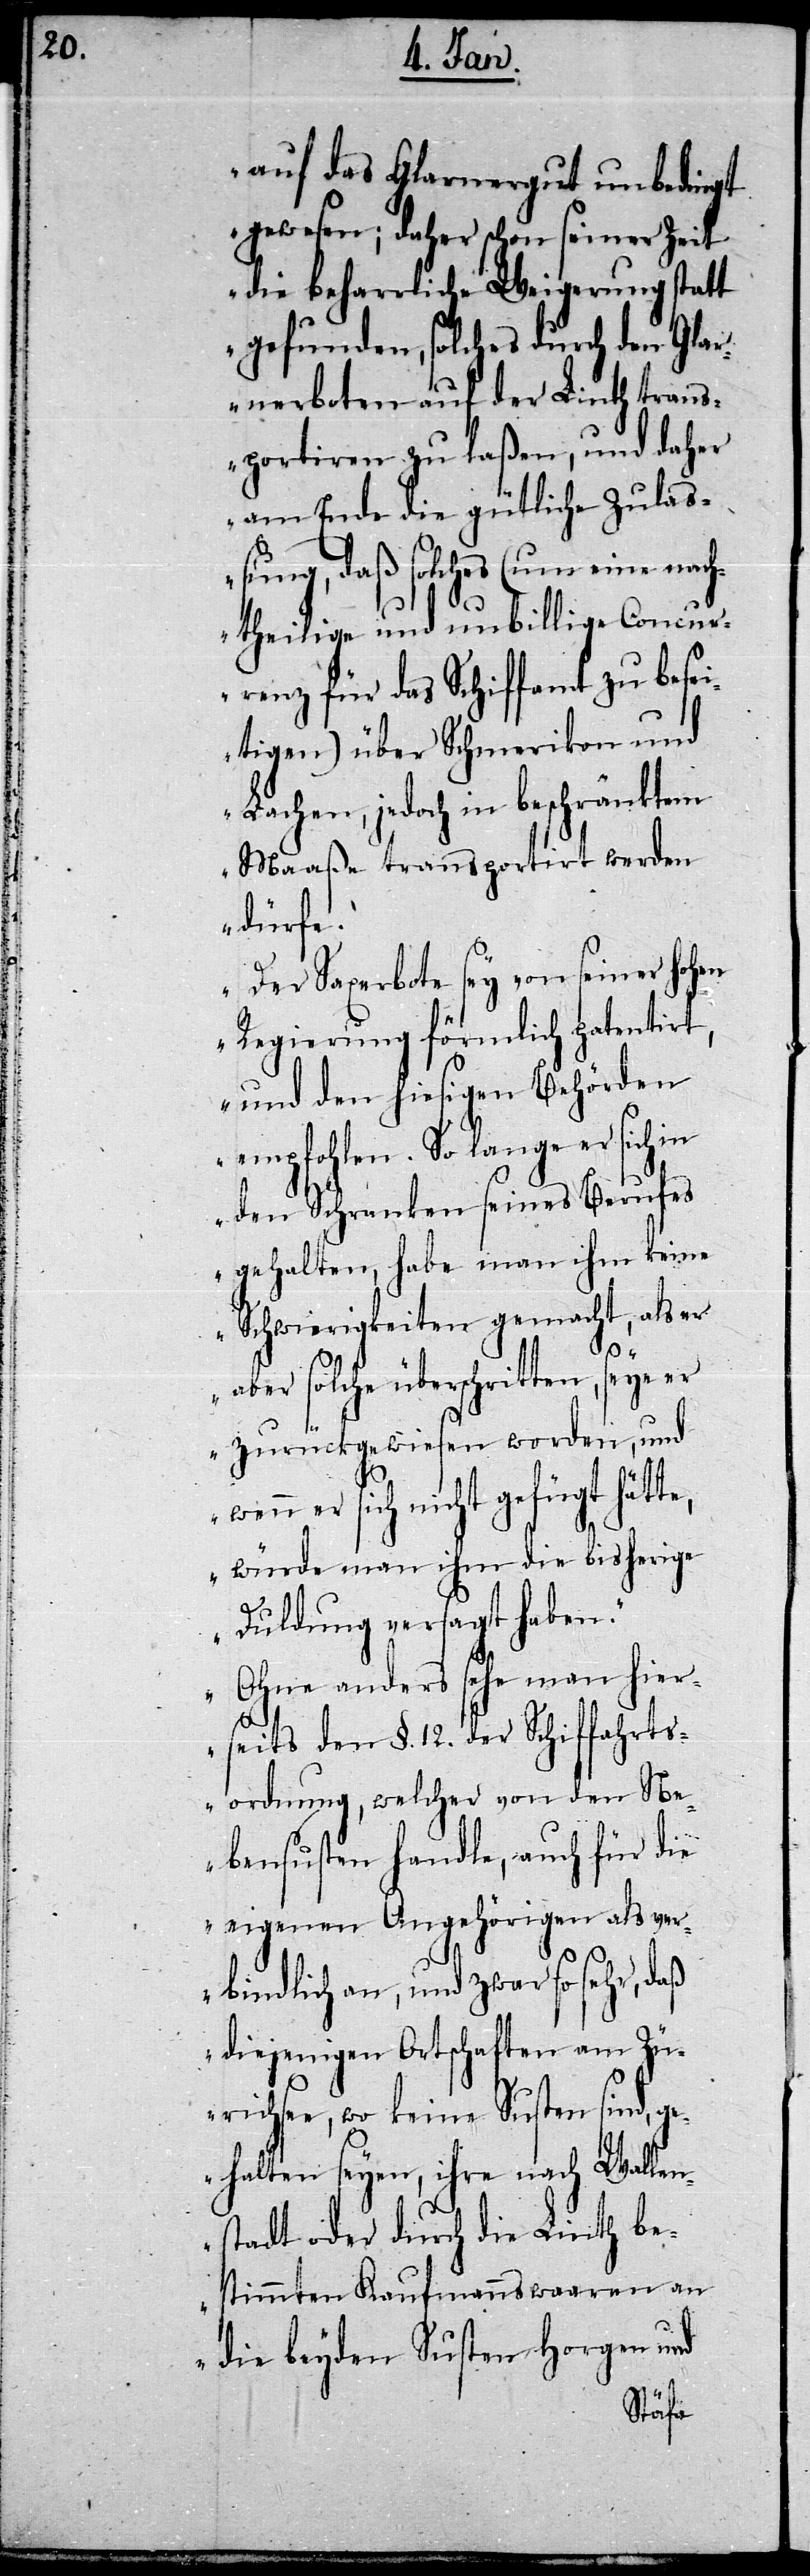
auf das Glarnergut unbedingt
gewesen; daher schon seiner Zeit
die beharrliche Weigerung statt
gefunden, solches durch den Glar¬
nerboten auf der Linth trans¬
portiren zu laßen, und daher
am Ende die gütliche Zulaß¬
ung, daß solches (um eine nach¬
theilige und unbillige Concur¬
renz für das Schiffamt zu besei¬
tigen) über Schmerikon und
Lachen, jedoch in beschränktem
Maaße transportirt werden
dürfe.“
„Der Saxerbote sey von seiner hohen
Regierung förmlich patentirt,
und den hiesigen Behörden
empfohlen. So lange er sich in
den Schranken seines Berufes
gehalten, habe man ihm keine
Schwierigkeiten gemacht, als er
aber solche überschritten, seye
er zurückgewiesen worden, und
er sich nicht gefügt hätte,
würde man ihm die bisherige
Duldung versagt haben.“
„Ohne anders sehe man hier¬
seits den §. 12. der Schiffahrts¬
ordnung, welcher von den Ne¬
bensusten handle, auch für die
eigenen Angehörigen als ve¬
rbindlich an, und zwar so sehr, daß
diejenigen Ortschaften am Zü¬
richsee, wo keine Susten sind, ge¬
halten seyen, ihre nach Wallen¬
stadt oder durch die Linth be¬
stimmten Kaufmannswaaren an
die beyden Susten Horgen und